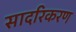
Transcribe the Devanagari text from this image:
सादरिकरण